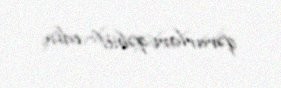
qərarları qəbul edir.